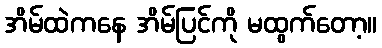
အိမ်ထဲကနေ အိမ်ပြင်ကို မထွက်တော့။